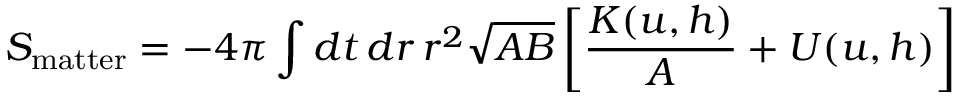
S _ { \mathrm { m a t t e r } } = - 4 \pi \int d t \, d r \, r ^ { 2 } \sqrt { A B } \left[ { \frac { K ( u , h ) } { A } } + U ( u , h ) \right]